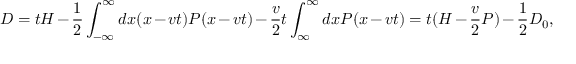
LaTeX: D = t H - \frac { 1 } { 2 } \int _ { - \infty } ^ { \infty } d x ( x - v t ) { \cal P } ( x - v t ) - \frac { v } { 2 } t \int _ { \infty } ^ { \infty } d x { \cal P } ( x - v t ) = t ( H - \frac { v } { 2 } P ) - \frac { 1 } { 2 } D _ { 0 } ,